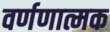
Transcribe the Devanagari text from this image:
वर्णणात्मक